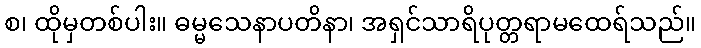
စ၊ ထိုမှတစ်ပါး။ ဓမ္မသေနာပတိနာ၊ အရှင်သာရိပုတ္တရာမထေရ်သည်။